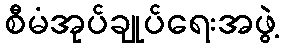
စီမံအုပ်ချုပ်ရေးအဖွဲ့